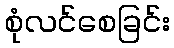
စုံလင်စေခြင်း